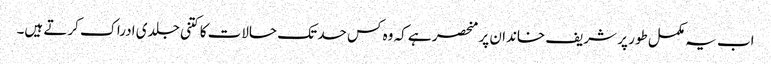
اب یہ مکمل طور پر شریف خاندان پر منحصر ہے کہ وہ کس حد تک حالات کا کتنی جلدی ادراک کرتے ہیں۔